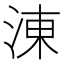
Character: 涷